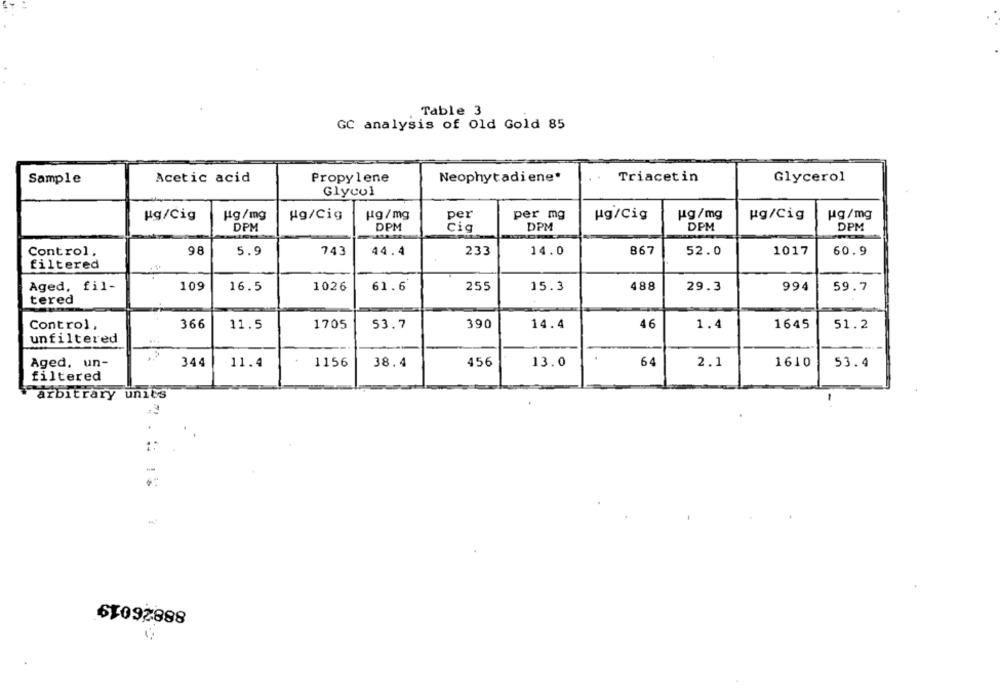
Table 3
GC analysis of Old Gold 85
Sample
Acetic acid
Propylene
Neophytadi ene*
Triacetin
Glycerol
Glycol
kg/Cig
Hg/mg
Ag/Cig
Hg/mg
per
per mg
ug/Cig
ug/mg
ug/Cig
Hg/mg
DPM
DPM
cig
DPM
DPM
DPM
Control,
98
5.9
743
44.4
233
14.0
867
52.0
1017
60.9
filtered
Aged, fil-
488
109
16.5
1026
61.6
255
15.3
29.3
994
59.7
tered
Control,
366
11.5
1705
53.7
390
14.4
46
1.4
1645
51.2
unfiltered
Aged, un-
344
11.4
1156
38.4
456
13.0
64
2.1
1610
53.4
filtered
arbitrary units
.
61092888